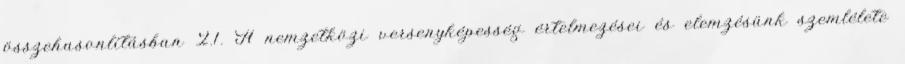
összehasonlításban 2.1. A nemzetközi versenyképesség értelmezései és elemzésünk szemlélete